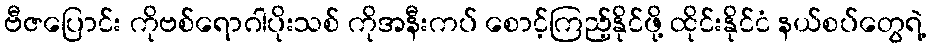
ဗီဇပြောင်း ကိုဗစ်ရောဂါပိုးသစ် ကိုအနီးကပ် စောင့်ကြည့်နိုင်ဖို့ ထိုင်းနိုင်ငံ နယ်စပ်တွေရဲ့